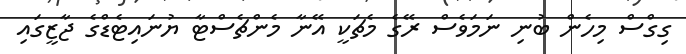
ގިގްސް މިހެން ބުނި ނަމަވެސް ރޭގެ މެޗަކީ އޭނާ މެންޗެސްޓާ ޔުނައިޓެޑްގެ ޖާޒީގައި